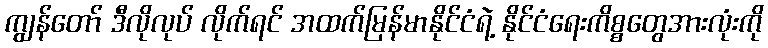
ကျွန်တော် ဒီလိုလုပ် လိုက်ရင် အထက်မြန်မာနိုင်ငံရဲ့ နိုင်ငံရေးကိစ္စတွေအားလုံးကို